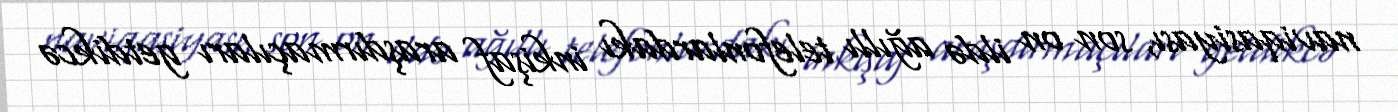
naviqasiyası, son on ildə ağıllı telefonlardakı inkişaf araşdırmaçıları getdikcə